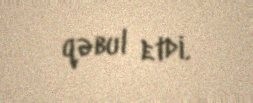
qəbul etdi.